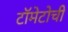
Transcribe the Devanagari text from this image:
टॉमेटोची